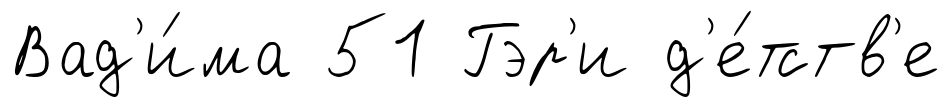
Вад'и́ма 51 Гэр'и д'е́тств'е